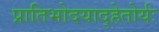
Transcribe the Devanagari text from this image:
प्रातिभोदयाद्हेतोर्यः